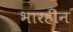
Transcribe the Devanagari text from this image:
भारहीन